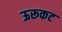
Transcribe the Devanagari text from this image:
ऊरूकट